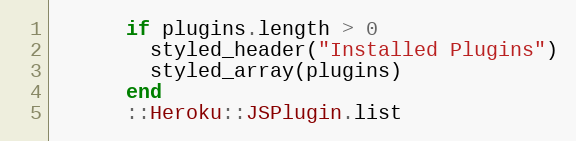
Language: Ruby
      if plugins.length > 0
        styled_header("Installed Plugins")
        styled_array(plugins)
      end
      ::Heroku::JSPlugin.list